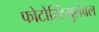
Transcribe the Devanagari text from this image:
फोटोस्टिमुलेबल